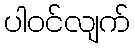
ပါဝင်လျက်